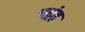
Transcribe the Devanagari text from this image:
पद्रंह